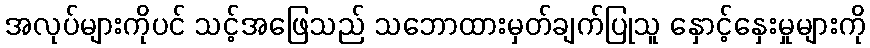
အလုပ်များကိုပင် သင့်အဖြေသည် သဘောထားမှတ်ချက်ပြုသူ နှောင့်နှေးမှုများကို